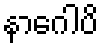
နာဂေါပိ